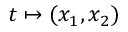
t \mapsto ( x _ { 1 } , x _ { 2 } )